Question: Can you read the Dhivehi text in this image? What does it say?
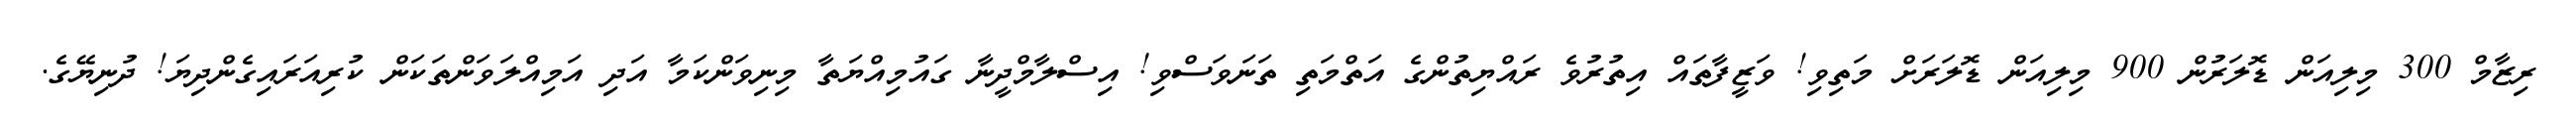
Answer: ރިޒާމް 300 މިލިއަން ޑޮލަރުން 900 މިލިއަން ޑޮލަރަށް މަތިވި! ވަޒީފާތައް އިތުރުވެ ރައްޔިތުންގެ އަތްމަތި ތަނަވަސްވި! އިސްލާމްދީނާ ގައުމިއްޔަތާ މިނިވަންކަމާ އަދި އަމިއްލަވަންތަކަން ކުރިއަރައިގެންދިޔަ! ދުނިޔޭގެ.